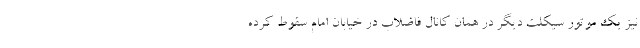
نیز یک موتور سیکلت دیگر در همان کانال فاضلاب در خیابان امام سقوط کرده